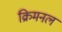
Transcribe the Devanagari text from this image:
क्रिमनल